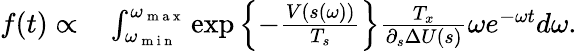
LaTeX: \begin{array}{rl}{f(t)\propto}&{{}\int_{\omega_{\mathrm{~m~i~n~}}}^{\omega_{\mathrm{~m~a~x~}}}\exp\left\{ -\frac{V(s(\omega))}{T_{s}}\right\} \frac{T_{x}}{\partial_{s}\Delta U(s)}\omega e^{-\omega t}d\omega.}\end{array}